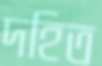
দহিত